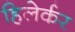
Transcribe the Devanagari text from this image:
हिलेर्कर